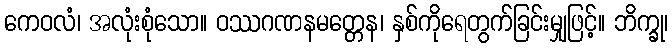
ကေဝလံ၊ အလုံးစုံသော။ ဝဿဂဏနမတ္တေန၊ နှစ်ကိုရေတွက်ခြင်းမျှဖြင့်။ ဘိက္ခု၊